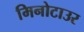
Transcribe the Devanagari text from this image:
मिनोटाउर